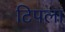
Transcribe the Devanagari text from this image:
टिपला